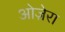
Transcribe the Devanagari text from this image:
ओज़ेरा